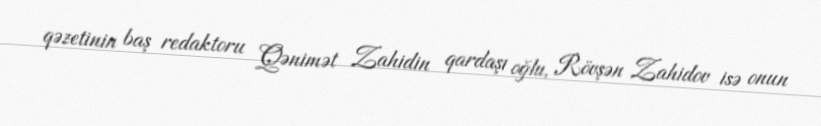
qəzetinin baş redaktoru Qənimət Zahidin qardaşı oğlu, Rövşən Zahidov isə onun